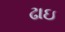
ઢાઇ